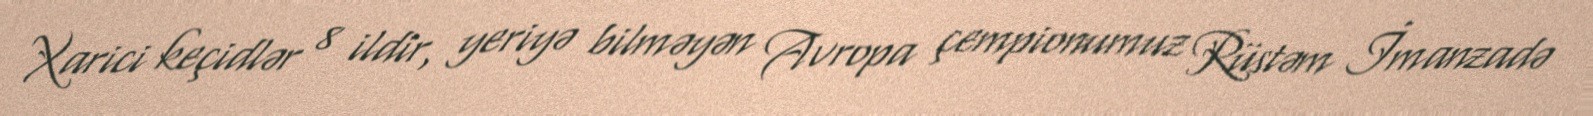
Xarici keçidlər 8 ildir, yeriyə bilməyən Avropa çempionumuz Rüstəm İmanzadə